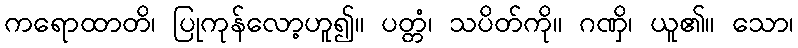
ကရောထာတိ၊ ပြုကုန်လော့ဟူ၍။ ပတ္တံ၊ သပိတ်ကို။ ဂဏှိ၊ ယူ၏။ သော၊